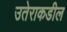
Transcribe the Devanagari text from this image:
उतेराकडील